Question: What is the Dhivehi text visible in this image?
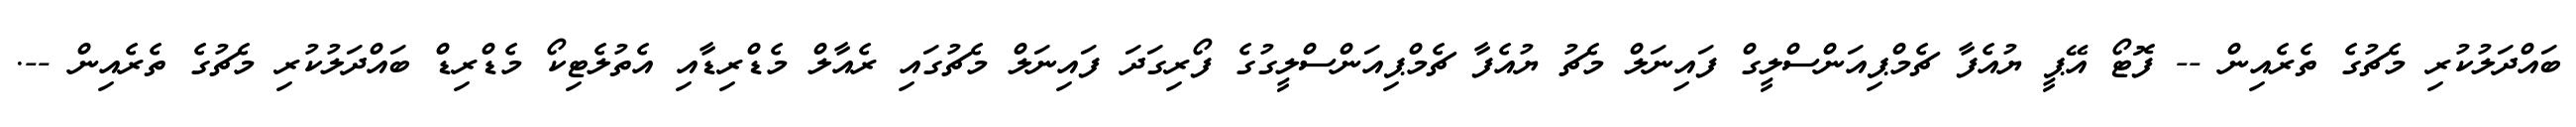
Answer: ބައްދަލުކުރި މެޗުގެ ތެރެއިން -- ފޮޓޯ އޭޕީ ޔުއެފާ ޗެމްޕިއަންސްލީގް ފައިނަލް މެޗު ޔުއެފާ ޗެމްޕިއަންސްލީގުގެ ފޯރިގަދަ ފައިނަލް މެޗުގައި ރެއާލް މެޑްރިޑާއި އެތުލެޓިކޯ މެޑްރިޑް ބައްދަލުކުރި މެޗުގެ ތެރެއިން --.